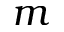
m